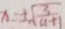
x = \pm \sqrt { \frac { 3 } { a + 1 } }